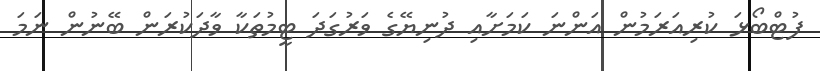
ފުޓްބޯޅަ ކުރިއަރަމުން އަންނަ ކަމަށާއި ދުނިޔޭގެ ވަރުގަދަ ޓީމުތަކާ ވާދަކުރަން ބޭނުން ނަމަ